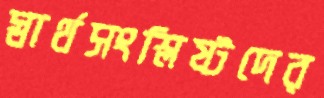
স্বার্থসংশ্লিষ্টদের